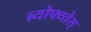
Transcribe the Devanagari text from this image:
ब्र्योफ्य्तेस्